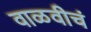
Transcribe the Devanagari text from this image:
वाळवीचं